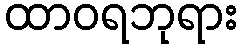
ထာဝရဘုရား